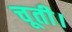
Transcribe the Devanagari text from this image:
चूती।